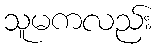
သူမကလည်း